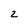
Character: z